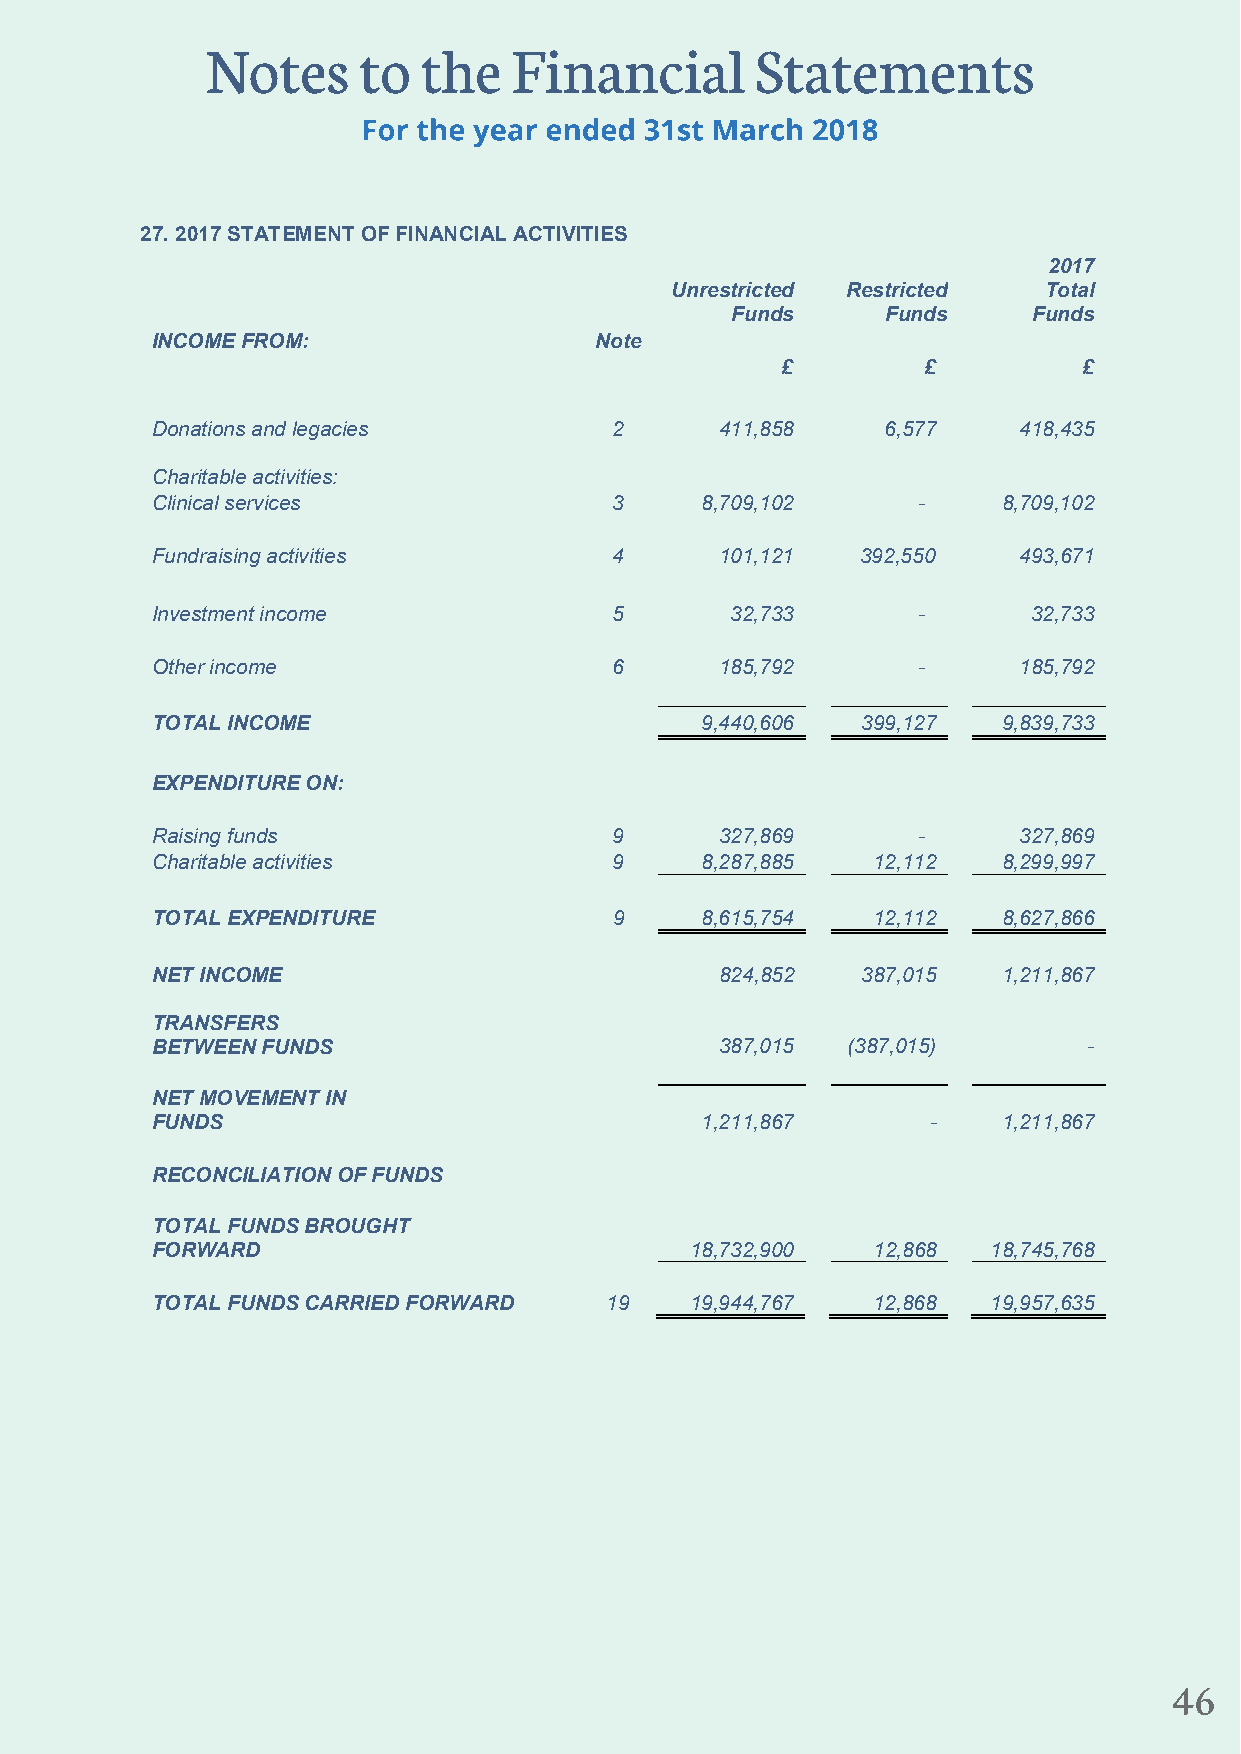
27. 2017 STATEMENT OF FINANCIAL ACTIVITIES
 2017
 Unrestricted Restricted  Total
 Funds      Funds    Funds
 INCOME FROM:                 Note
 £        £          £
 Donations and legacies         2      411,858    6,577   418,435
 Charitable activities:
 Clinical services              3    8,709,102      -    8,709,102
 Fundraising activities         4      101,121  392,550   493,671
 Investment income              5      32,733       -      32,733
 Other income                   6      185,792      -     185,792
 TOTAL INCOME                        9,440,606  399,127  9,839,733
 EXPENDITURE ON:
 Raising funds                  9      327,869      -     327,869
 Charitable activities          9    8,287,885   12,112  8,299,997
 TOTAL EXPENDITUR E             9    8,615,754   12,112  8,627,866
 NET INCOME                            824,852  387,015  1,211,867
 TRANSFERS
 BETWEEN FUNDS                         387,015 (387,015)       -
 NET MOVEMENT IN
 FUNDS                               1,211,867       -   1,211,867
 RECONCILIATION OF FUNDS
 TOTAL FUNDS BROU GHT
 FORWARD                             18,732,900  12,868  1 8,745,768
 TOTAL FUNDS CARR IED FORWA RD 19    19,944,767  12,868  19,957,635